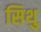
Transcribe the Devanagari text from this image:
सिथु